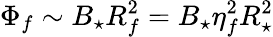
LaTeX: \Phi_{f}\sim B_{\star}R_{f}^{2}=B_{\star}\eta_{f}^{2}R_{\star}^{2}